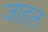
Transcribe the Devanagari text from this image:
जाहल